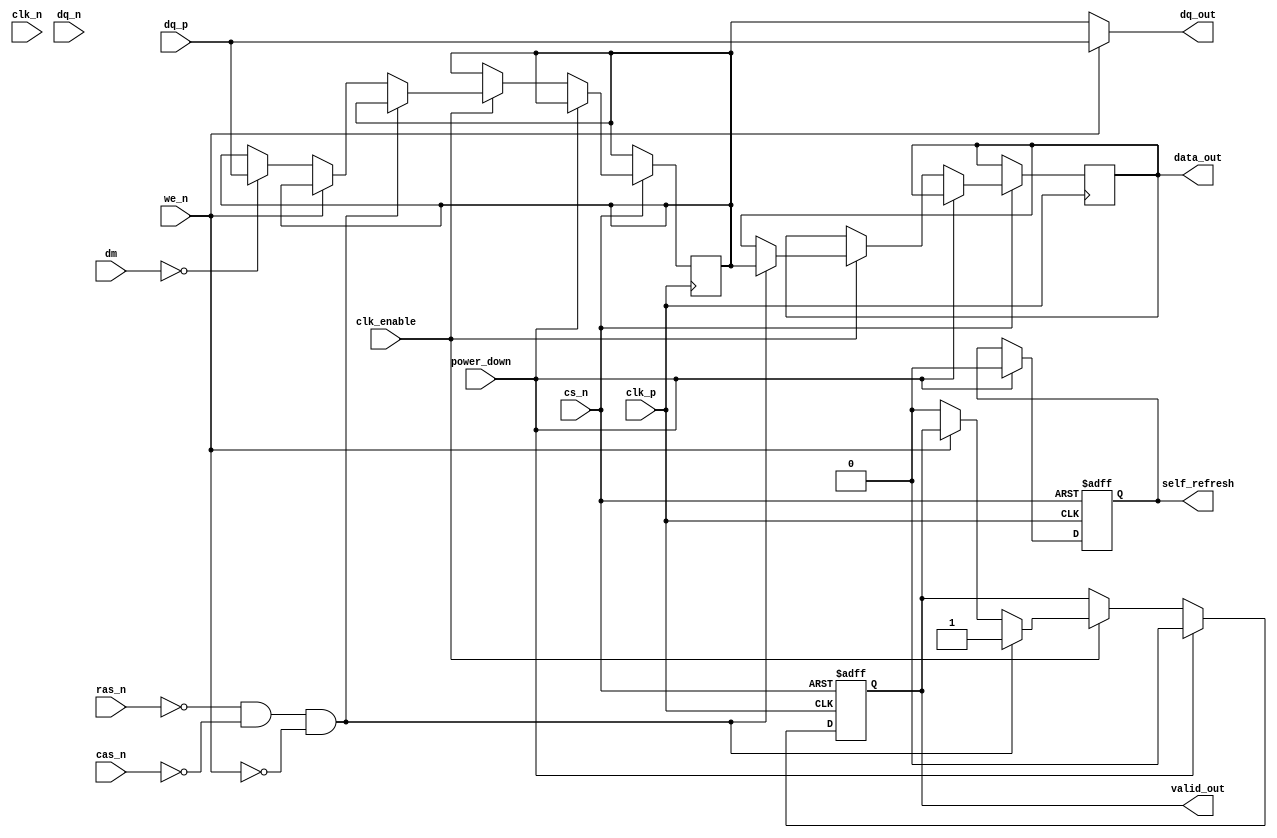
module lpddr_io_block (
    input wire clk_p,           // Clock Positive
    input wire clk_n,           // Clock Negative
    input wire cs_n,            // Chip Select (active low)
    input wire [DQ_WIDTH-1:0] dq_p, // Data Positive
    input wire [DQ_WIDTH-1:0] dq_n, // Data Negative
    input wire [DM_WIDTH-1:0] dm,    // Data Mask
    input wire ras_n,           // Row Address Strobe (active low)
    input wire cas_n,           // Column Address Strobe (active low)
    input wire we_n,            // Write Enable (active low)
    output reg [DQ_WIDTH-1:0] data_out, // Output Data
    output reg valid_out,       // Valid Output Signal
    output reg [DQ_WIDTH-1:0] dq_out, // Data Output
    input wire clk_enable,      // Clock Enable
    input wire power_down,      // Power Down Signal
    output reg self_refresh     // Self Refresh Mode
);

parameter DQ_WIDTH = 16; // Example data width
parameter DM_WIDTH = 2;  // Example data mask width

// Internal signals
reg [DQ_WIDTH-1:0] data_in;
reg [DQ_WIDTH-1:0] dq_internal;

// Power Management Control
always @(posedge clk_p or negedge cs_n) begin
    if (!cs_n) begin
        // Reset state
        self_refresh <= 1'b0;
        valid_out <= 1'b0;
    end else if (power_down) begin
        // Enter power down mode
        self_refresh <= 1'b0;
        valid_out <= 1'b0;
    end else if (clk_enable) begin
        // Normal Operation
        if (!ras_n && !cas_n && !we_n) begin
            // Read Operation
            valid_out <= 1'b1;
            data_out <= dq_internal; // Output data
        end else if (!we_n) begin
            // Write Operation
            dq_internal <= (dm == 0) ? dq_p : dq_internal; // Mask Logic
            valid_out <= 1'b0; // Invalidate output during write
        end
    end
end

// Bidirectional Data Buffer
always @(*) begin
    if (!we_n) begin
        // Write to DQ lines
        dq_out = dq_internal; // Write data to DQ
    end else begin
        // Read from DQ lines
        dq_out = dq_p; // Read data from DQ
    end
end

endmodule